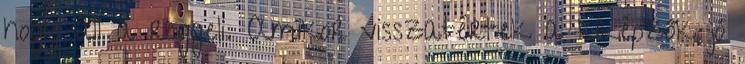
hogy áll a reggeli. Amikor visszatértek a kiképzők jó